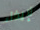
لإيذاء